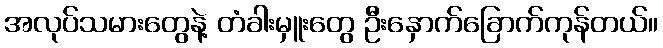
အလုပ်သမားတွေနဲ့ တံခါးမှူးတွေ ဦးနှောက်ခြောက်ကုန်တယ်။